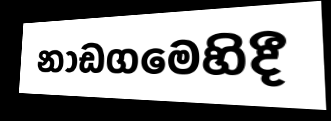
නාඩගමෙහිදී